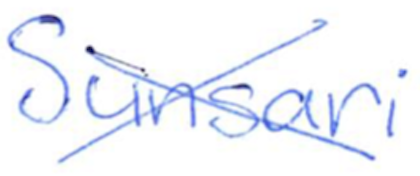
Text: Sunsari
Cross-out: cross
Writing tool: ballpoint